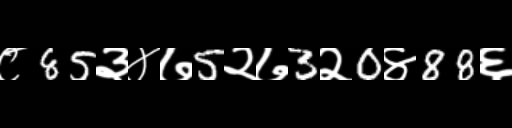
Text: ८85३४७5२७3२0४88६